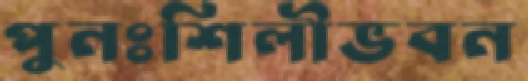
পুনঃশিলীভবন